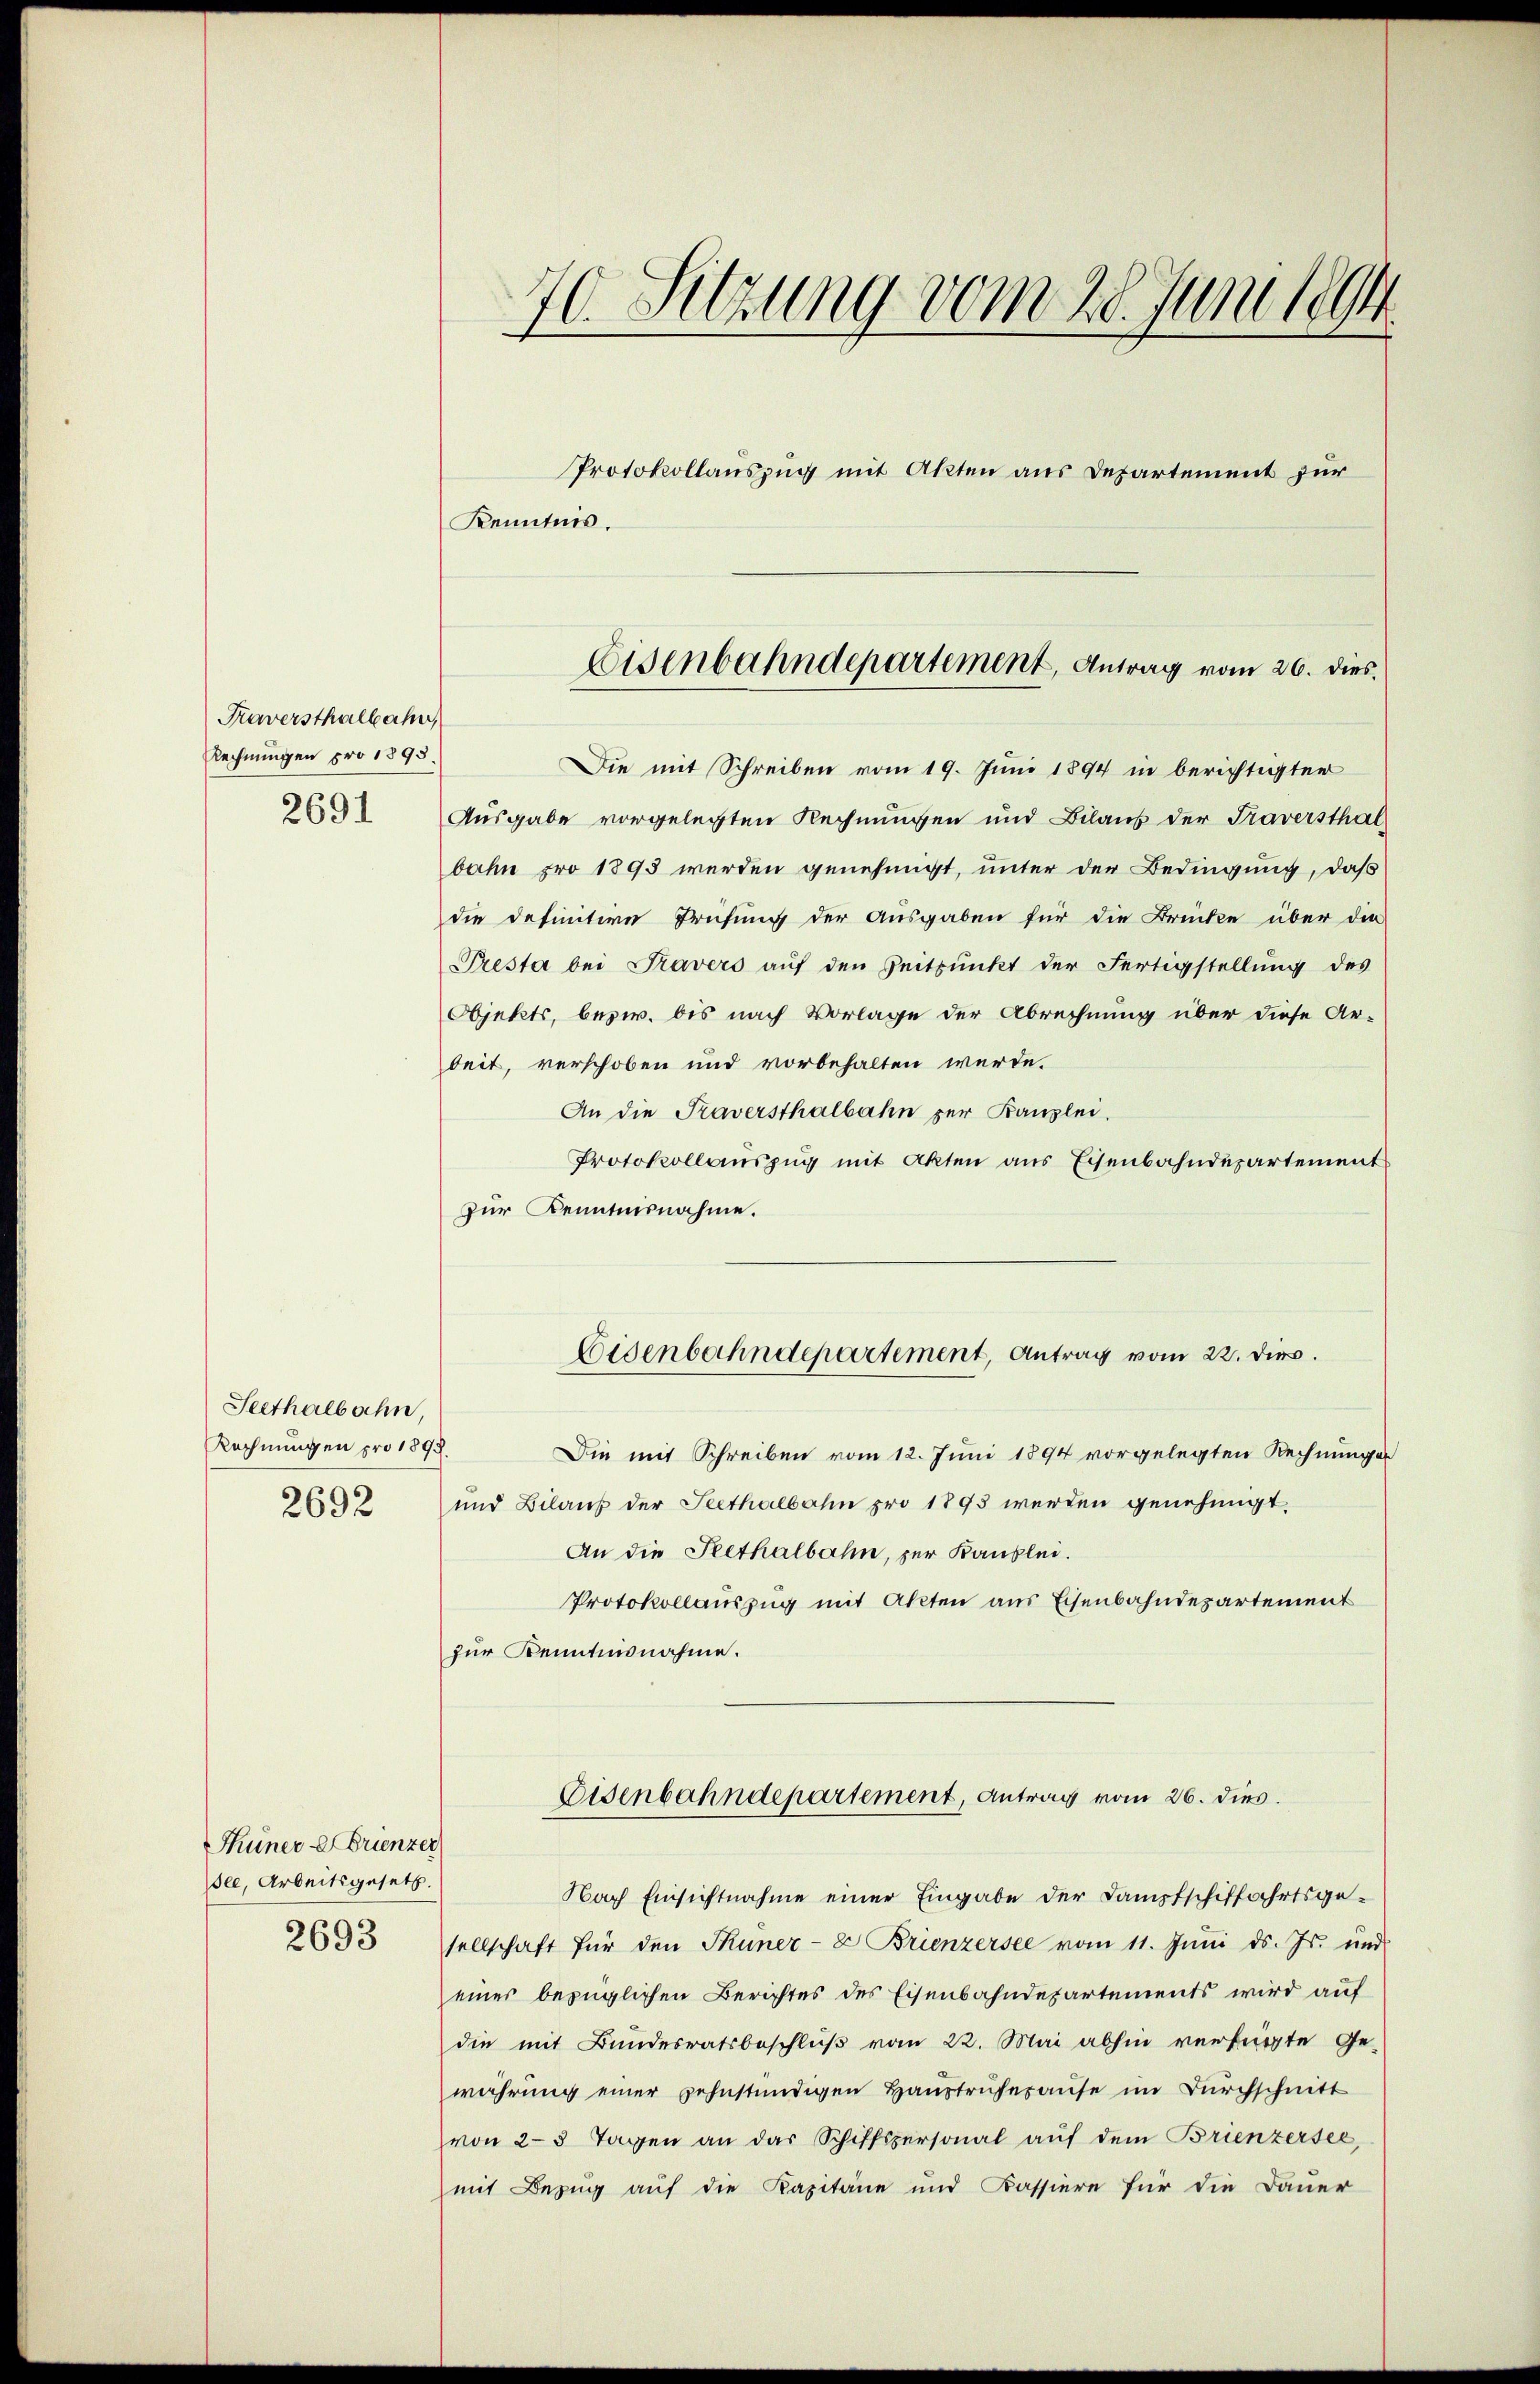
Fraversthalbahn
Rechnungen pro 1893.
2691

Seethalbahn,
Rechnungen pro 1898.
2692

Thüner - Trienzer
ee, Arbeitsgesetz.
2693

70. Sitzung vom 28. Juni 1894
Protokollauszug mit Akten aus Departement zur
Kenntnis.

Die mit Schreiben vom 19. Juni 1894 in berichtigter
Ausgabe vorgelegten Rechnungen und Bilaŭs der Traversthal
bahn pro 1893 werden genehmigt, unter der Bedingung, daß
die definitive Prüfung der Ausgaben für die Drücke über die
Presta bei Travers auf den Zeitpunkt der Fertigstellung des
Objekts, bezw. bis nach Vorlage der Abrechnung über diese Ar-
beit, verschoben und vorbehalten werde.
An die Traversthalbahn zur Kanzlei.
Protokollauszug mit Akten aus Eisenbahndepartement
zur Kenntnisnahme.
Eisenbahndepartement, Antrag vom 22. dir.
Die mit Schreiben vom 12. Juni 1894 vorgelegten Rechnungen
und Bilaus der Seethalbahn pro 1893 werden genehmigt.
An die Seethalbahn, zur Kanzlei.
Protokollauszug mit Akten aus Eisenbahndepartement
zur Kenntnisnahme.
Eisenbahndepartement, Antrag vom 26. dies.
Nach Einsichtnahme einer Eingabe der Dampfschiffahrtsgesellschaft für den Thuner- & Brienzersee vom 11. Jŭni d. Js. und
einer bezüglichen Berichtes des Eisenbahndepartements wird auf
die mit Bundesratsbeschluß vom 22. Mai abhin verfügte Ge-
währung einer sehnständigen Haŭstrŭhesause im Durchschnitt
von 2-3 Tagen an das Schiffspersonal auf dem Brienzersee,
mit Bezug auf die Kapitäne und Kassiere für die Dauer

Eisenbahndepartement, Antrag vom 26. dies